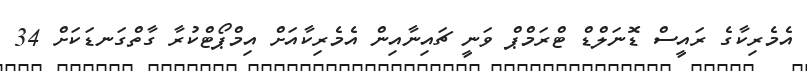
އެމެރިކާގެ ރައީސް ޑޮނަލްޑް ޓްރަމްޕް ވަނީ ޗައިނާއިން އެމެރިކާއަށް އިމްޕޯޓްކުރާ ގާތްގަނޑަކަށް 34